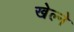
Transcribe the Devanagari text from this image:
खेल्ने